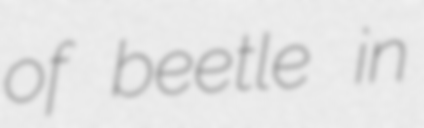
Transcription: of beetle in